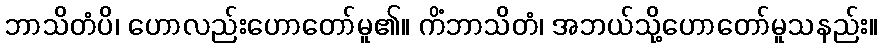
ဘာသိတံပိ၊ ဟောလည်းဟောတော်မူ၏။ ကိံဘာသိတံ၊ အဘယ်သို့ဟောတော်မူသနည်း။